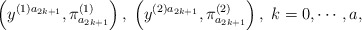
\begin{align*}\left( y^{(1)a_{2k+1}},\pi _{a_{2k+1}}^{(1)}\right) ,\;\left(y^{(2)a_{2k+1}},\pi _{a_{2k+1}}^{(2)}\right) ,\;k=0,\cdots ,a, \end{align*}